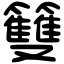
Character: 䉶